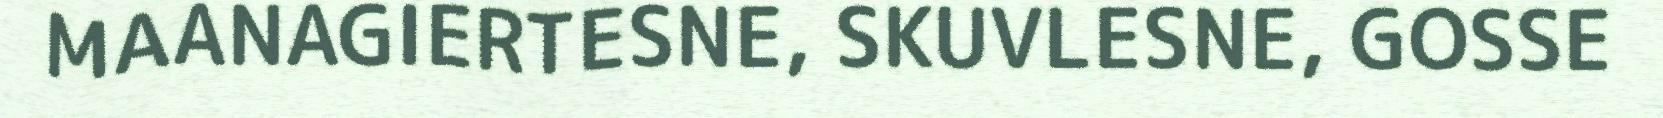
MAANAGIERTESNE, SKUVLESNE, GOSSE